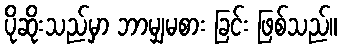
ပိုဆိုးသည်မှာ ဘာမျှမစား ခြင်း ဖြစ်သည်။